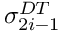
\sigma _ { 2 i - 1 } ^ { D T }